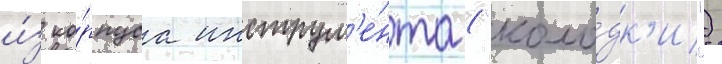
и́з ко́рпуса инструм'е́нта ("коло́дк'и")